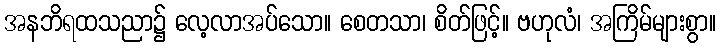
အနဘိရထသညာ၌ လေ့လာအပ်သော။ စေတသာ၊ စိတ်ဖြင့်။ ဗဟုလံ၊ အကြိမ်များစွာ။